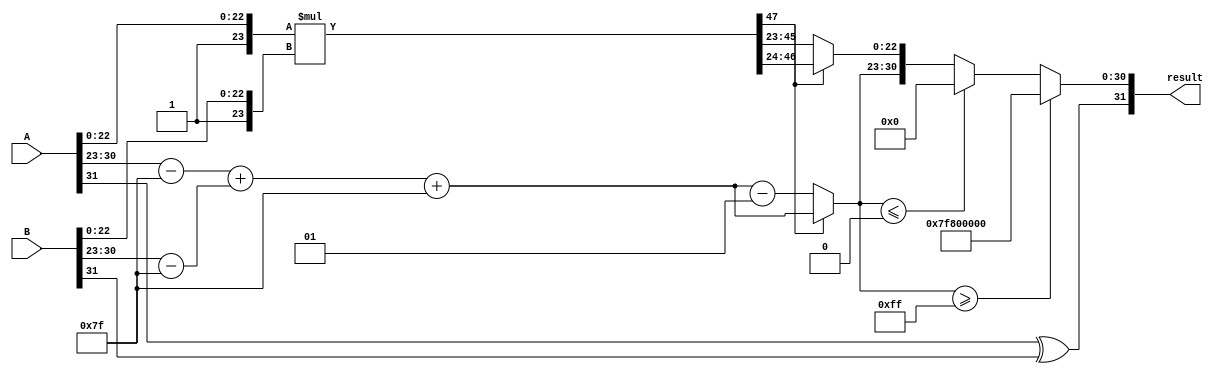
module FP_Wallace_Tree_Multiplier (
    input [31:0] A, // First floating-point number
    input [31:0] B, // Second floating-point number
    output reg [31:0] result // Resulting floating-point number
);

    // Extract sign, exponent, and mantissa
    wire signA = A[31];
    wire signB = B[31];
    wire [7:0] expA = A[30:23];
    wire [7:0] expB = B[30:23];
    wire [22:0] mantA = A[22:0];
    wire [22:0] mantB = B[22:0];

    // Normalize mantissas (add implicit leading one)
    wire [23:0] normMantA = {1'b1, mantA};
    wire [23:0] normMantB = {1'b1, mantB};

    // Exponent bias
    localparam EXP_BIAS = 8'd127;

    // Calculate biased exponents
    wire signed [8:0] biasedExpA = expA - EXP_BIAS;
    wire signed [8:0] biasedExpB = expB - EXP_BIAS;

    // Calculate result exponent
    wire signed [8:0] resultExp = biasedExpA + biasedExpB + EXP_BIAS;

    // Mantissa multiplication using Wallace Tree
    wire [47:0] mantProduct = normMantA * normMantB; // 24 * 24 = 48 bits

    // Normalize the result mantissa
    reg [23:0] resultMant;
    reg [7:0] resultExponent;
    reg resultSign;

    always @(*) begin
        // Determine the sign of the result
        resultSign = signA ^ signB;

        // Check for normalization
        if (mantProduct[47]) begin
            // Normal case, no shift needed
            resultMant = mantProduct[46:24]; // 24 bits
            resultExponent = resultExp;
        end else begin
            // Shift right to normalize
            resultMant = mantProduct[45:23]; // 24 bits
            resultExponent = resultExp - 1; // Adjust exponent
        end

        // Handle overflow and underflow
        if (resultExponent >= 8'd255) begin
            // Overflow: set to infinity
            result = {resultSign, 8'b11111111, 23'b0};
        end else if (resultExponent <= 8'd0) begin
            // Underflow: set to zero
            result = {resultSign, 8'b0, 23'b0};
        end else begin
            // Normalized result
            result = {resultSign, resultExponent[7:0], resultMant[22:0]};
        end
    end

endmodule